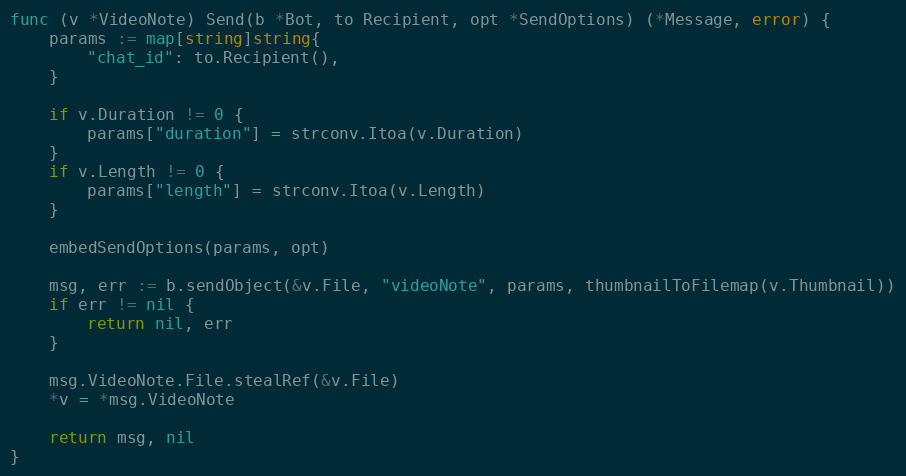
Language: Go
func (v *VideoNote) Send(b *Bot, to Recipient, opt *SendOptions) (*Message, error) {
	params := map[string]string{
		"chat_id": to.Recipient(),
	}

	if v.Duration != 0 {
		params["duration"] = strconv.Itoa(v.Duration)
	}
	if v.Length != 0 {
		params["length"] = strconv.Itoa(v.Length)
	}

	embedSendOptions(params, opt)

	msg, err := b.sendObject(&v.File, "videoNote", params, thumbnailToFilemap(v.Thumbnail))
	if err != nil {
		return nil, err
	}

	msg.VideoNote.File.stealRef(&v.File)
	*v = *msg.VideoNote

	return msg, nil
}